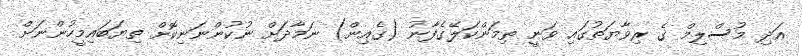
އަދި މުސްލިމް ގެ ރިވާޔަތުގައި ވަނީ ތިމަންކަލޭގެފާނު (ގެއިން) ނަމާދަށް ނުކުންނަނިކޮށް ތިޔަބައިމީހުންނަށް